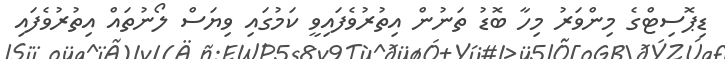
ޑިޕޮސިޓްގެ މިންވަރު މިހާ ބޮޑު ތަނުން އިތުރުވެފައިވީ ކަމުގައި ވިޔަސް ލޯނުތައް އިތުރުވެފައި